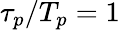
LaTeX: \tau_{p}/T_{p}=1